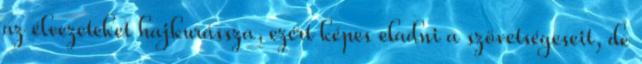
az élvezeteket hajkurássza, ezért képes eladni a szövetségeseit, de